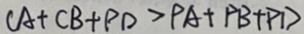
C A + C B + P D > P A + P B + P D )